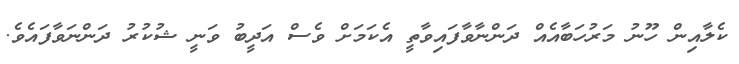
ކެލާއިން ހޫނު މަރުހަބާއެއް ދަންނާވާފައިވާތީ އެކަމަށް ވެސް އަދީބު ވަނީ ޝުކުރު ދަންނަވާފައެވެ.